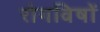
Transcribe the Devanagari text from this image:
रोगविषों